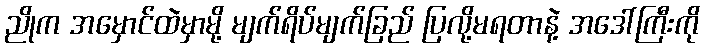
ညိုက အမှောင်ထဲမှာမို့ မျက်ရိပ်မျက်ခြည် ပြလို့မရတာနဲ့ အဒေါ်ကြီးကို